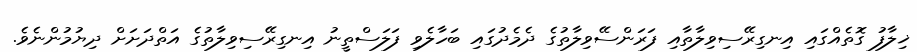
ޚިލާފު ގޮތެއްގައި އިނގިރޭސިވިލާތާއި ފަރަންސޭވިލާތުގެ ދެމެދުގައި ބަހާލެވި ފަލަސްތީނު އިނގިރޭސިވިލާތުގެ އަތްދަށަށް ދިޔުމުންނެވެ.